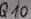
Text: Q10